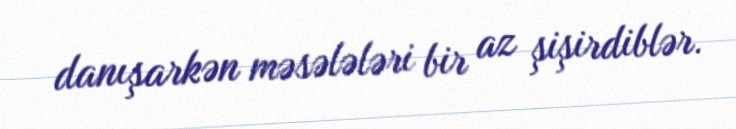
danışarkən məsələləri bir az şişirdiblər.